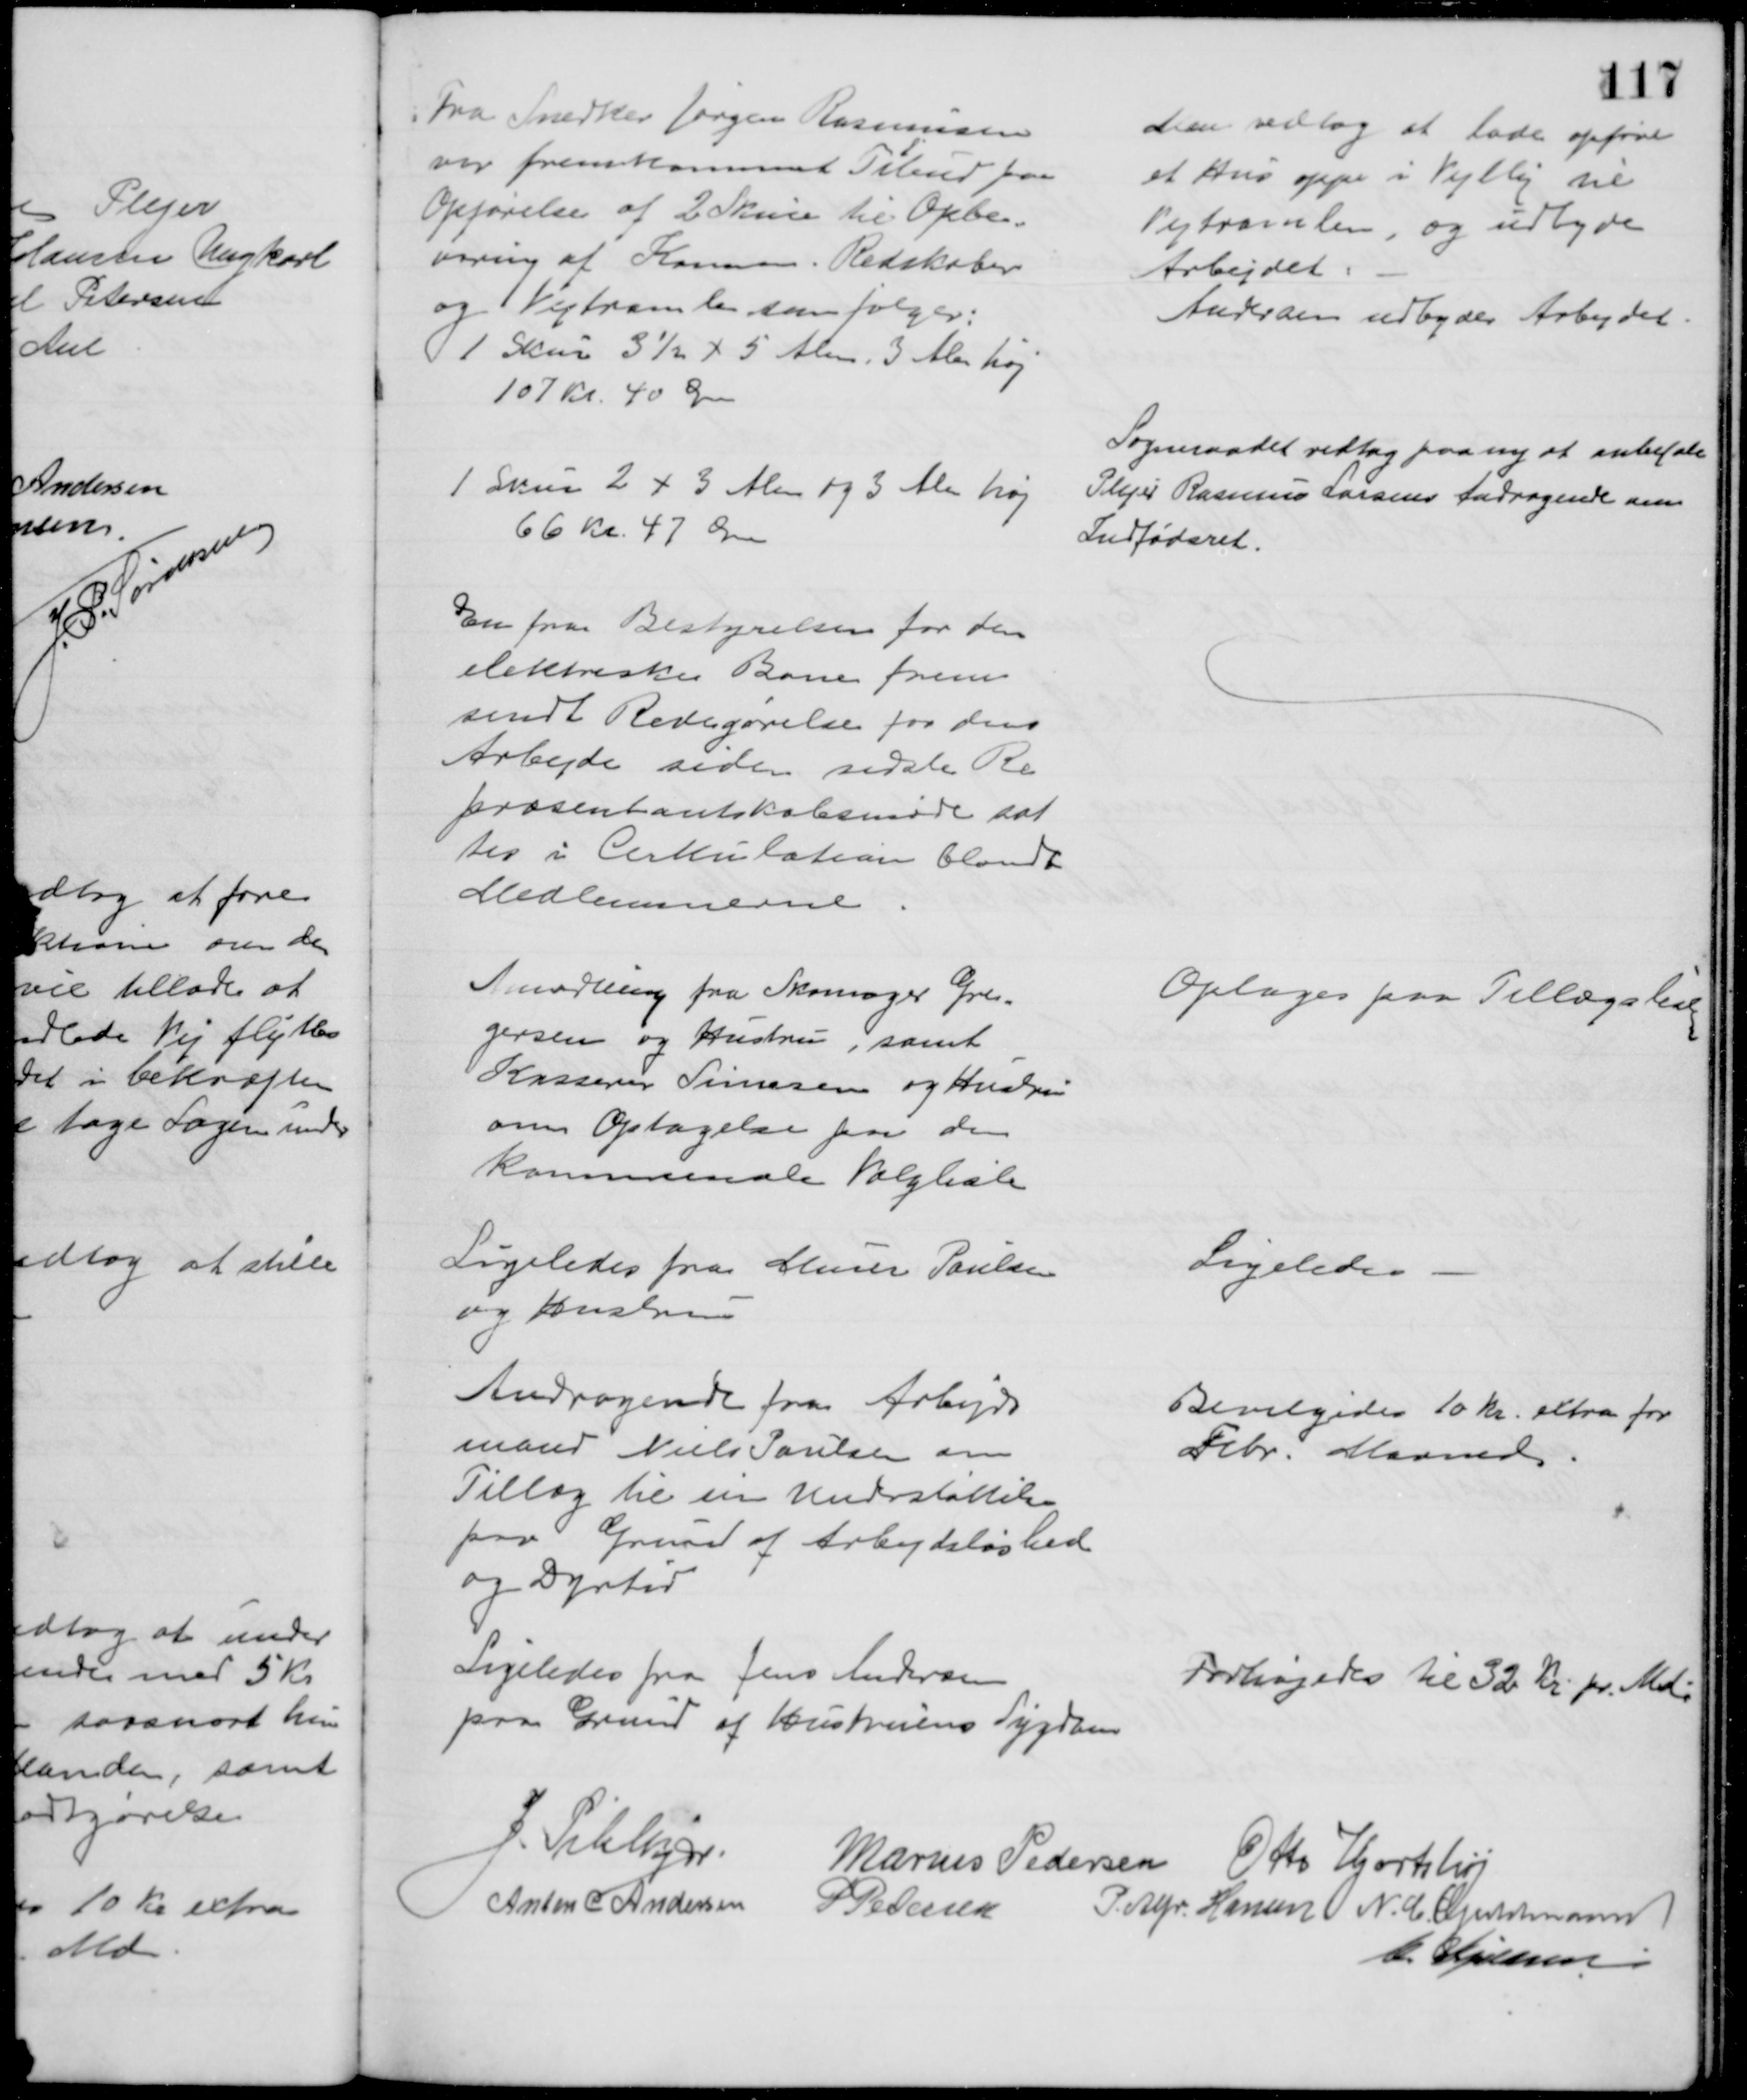
Transskription:
Fra Snedker Jørgen Rasmussen
var fremkommet Ti
l
bud paa
Opførelse af 2 Skure til Opbe-
varing af Komm. Redskaber
og Vejtromle som følger:
1 Skur 3½ x 5 Alen. 3 Alen høj
107 Kr 40 Øre
1 Skur 2 x 3 Alen og 3 Alen høj
66 Kr 47 Øre
Men vedtog at lade opføre
et Hus oppe i Vejlby til
Vejtromlen, og udbyde
Arbejdet
Andersen udbyder Arbejdet
Sogneraadet vedtog paany at anbefale
Plejer Rasmus Larsens Andragende om
Indfødsret.
En fra Bestyrelsen for den 
elektriske Bane frem
sendt Redegørelse for dens
Arbejde siden sidste Re
præsentantskabsmøde sat
tes i Cirkulation blandt
Medlemmerne
Amodning fra Skomager Gre-
gersen og Hustru, samt
Kasserer Sørensen og Hustru
om Optagelse paa den
kommunale Valgliste
Optages paa Tillægslisten
Ligeledes fra Murer Poulsen
og Hustru
Ligeledes.
Andragende fra Arbejds
mand Niels Poulsen om
Tillæg til sin Understøttelse
paa Grund af Arbejdsløshed
og Dyrtid
Bevilgedes 10 Kr. extra for 
Febr. Maaned
Ligeledes fra Jens Andersen
paa Grund af Hustruens Sygdom
Forhøjedes til 32 Kr. pr. Md.
J. Pihlkjær.
Marius Pedersen Otto Hjortshøj
Anton C Andersen
P Pedersen
P. Alfr. Hansen N. C. Guldmann
C. Kjeldsen